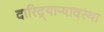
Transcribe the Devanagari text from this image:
दारिद्र्याऱ्यावस्था